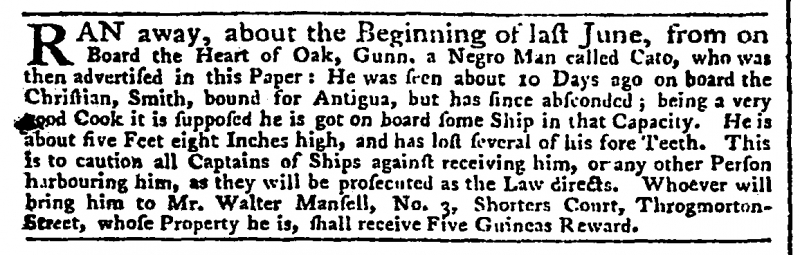
Daily Advertiser, 9 September 1772 (England)
RAN away, about the Beginning of last June, from on Board the Heart of Oak, Gunn, a Negro Man called Cato, who was then advertised in this Paper: He was seen about 10 Days ago on board the Christian, Smith, bound for Antigua, but has since absconded; being a very good Cook it is supposed he is got on board some Ship in that Capacity. He is about five Feet eight Inches high, and has lost several of his fore Teeth. This is to caution all Captains of Ships against receiving him, or any other Person harbouring him, as they will be prosecuted as the Law directs. Whoever will bring him to Mr. Walter Mansell, No. 3, Shorters Court, Throgmorton-Street, whose Property he is, shall receive Five Guineas Reward.